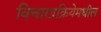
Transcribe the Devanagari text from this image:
विचारप्रक्रियेमधील